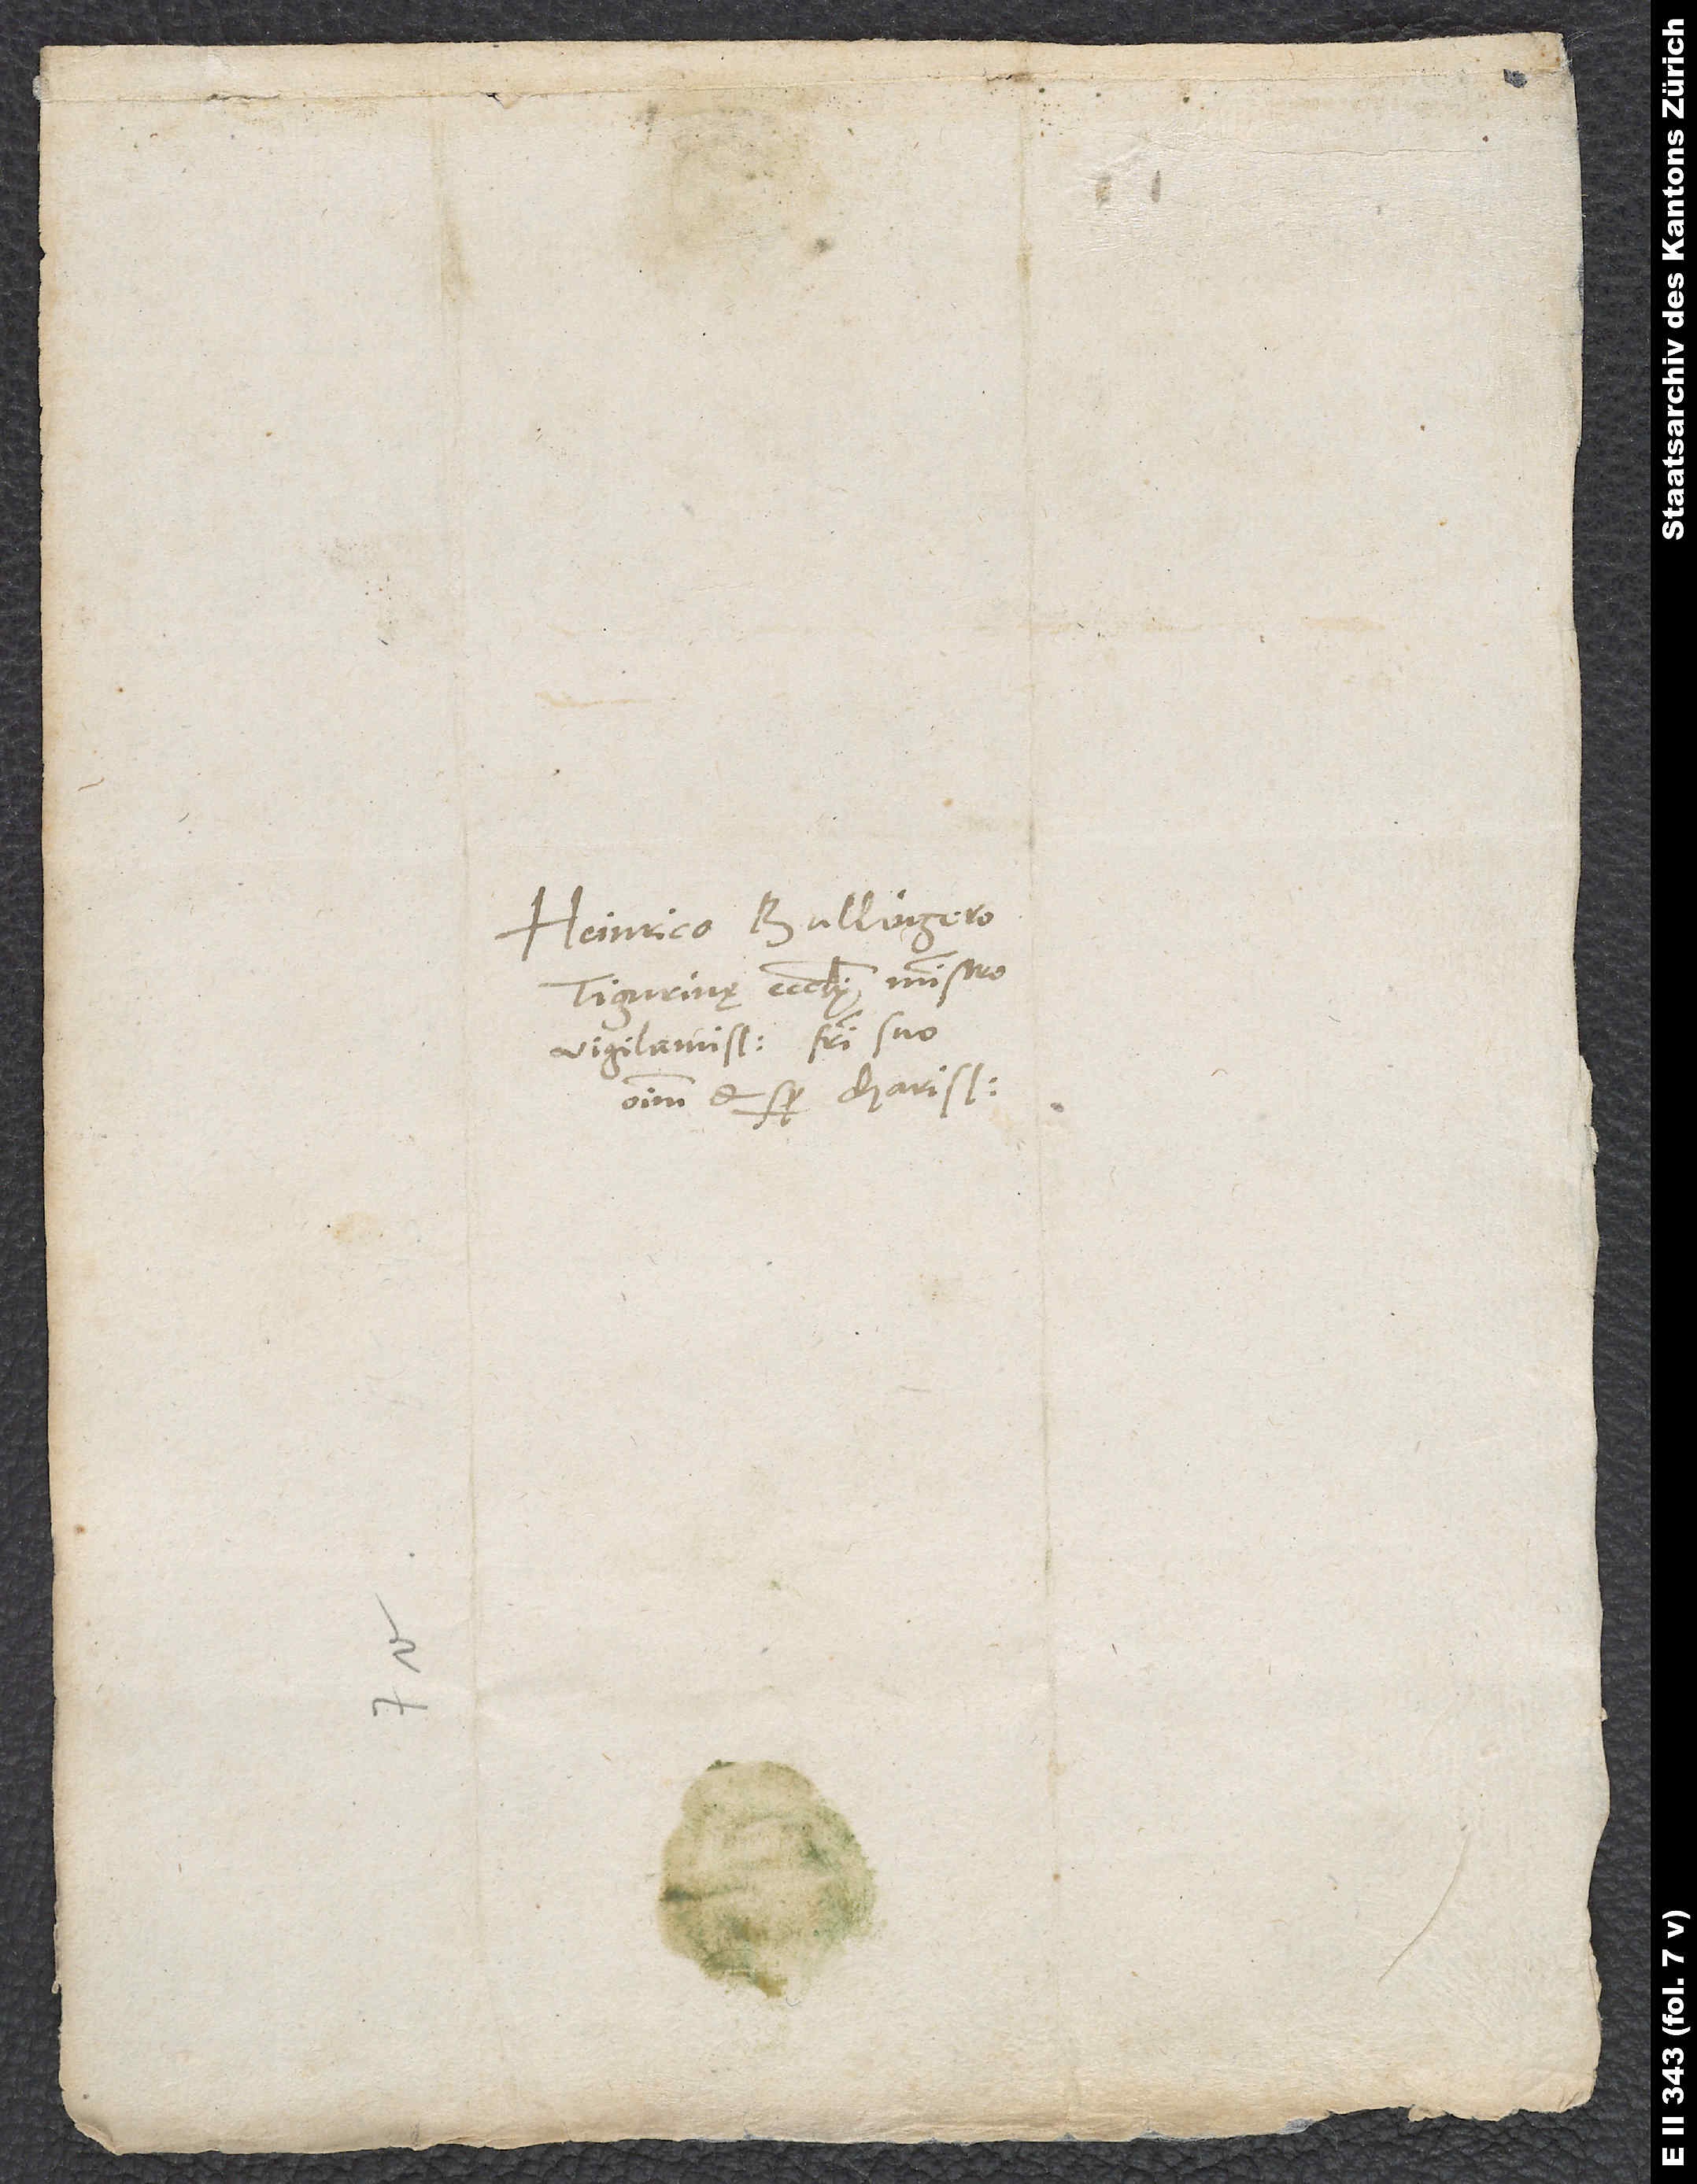
Heinrico Bullingero,
Tigurinę ecclesię ministro
vigilantissimo, fratri suo
omnium et semper charissimo.